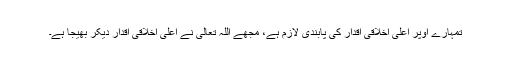
تمہارے اوپر اعلٰی اخلاقی اقدار کی پابندی لازم ہے، مجھے اللہ تعالی نے اعلٰی اخلاقی اقدار دیکر بھیجا ہے۔